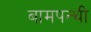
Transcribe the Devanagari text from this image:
बामपन्थी